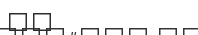
٤٣